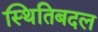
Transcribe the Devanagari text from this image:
स्थितिबदल